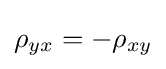
\rho _{yx}=-\rho _{xy}